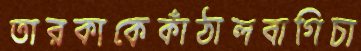
তারকাকেকাঁঠালবাগিচা